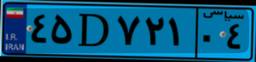
۴۵D۷۲۱۰۴